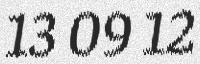
13 09 12